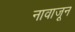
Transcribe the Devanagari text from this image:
नावाजून